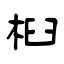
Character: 桕